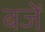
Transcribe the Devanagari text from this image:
बजें